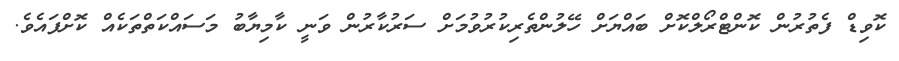
ކޮވިޑް ފެތުރުން ކޮންޓްރޯލްކޮށް ބައްޔަށް ހޭލުންތެރިކުރުވުމަށް ސަރުކާރުން ވަނީ ކާމިޔާބު މަަސައްކަތްތަކެއް ކޮށްފައެވެ.